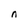
Character: n